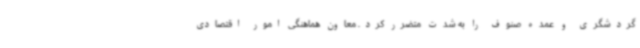
گردشگری و عمده صنوف را به شدت متضرر کرد. معاون هماهنگی امور اقتصادی